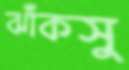
ঝাঁকসু